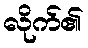
လိုက်၏